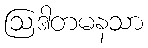
ဩဒါတမနသာ